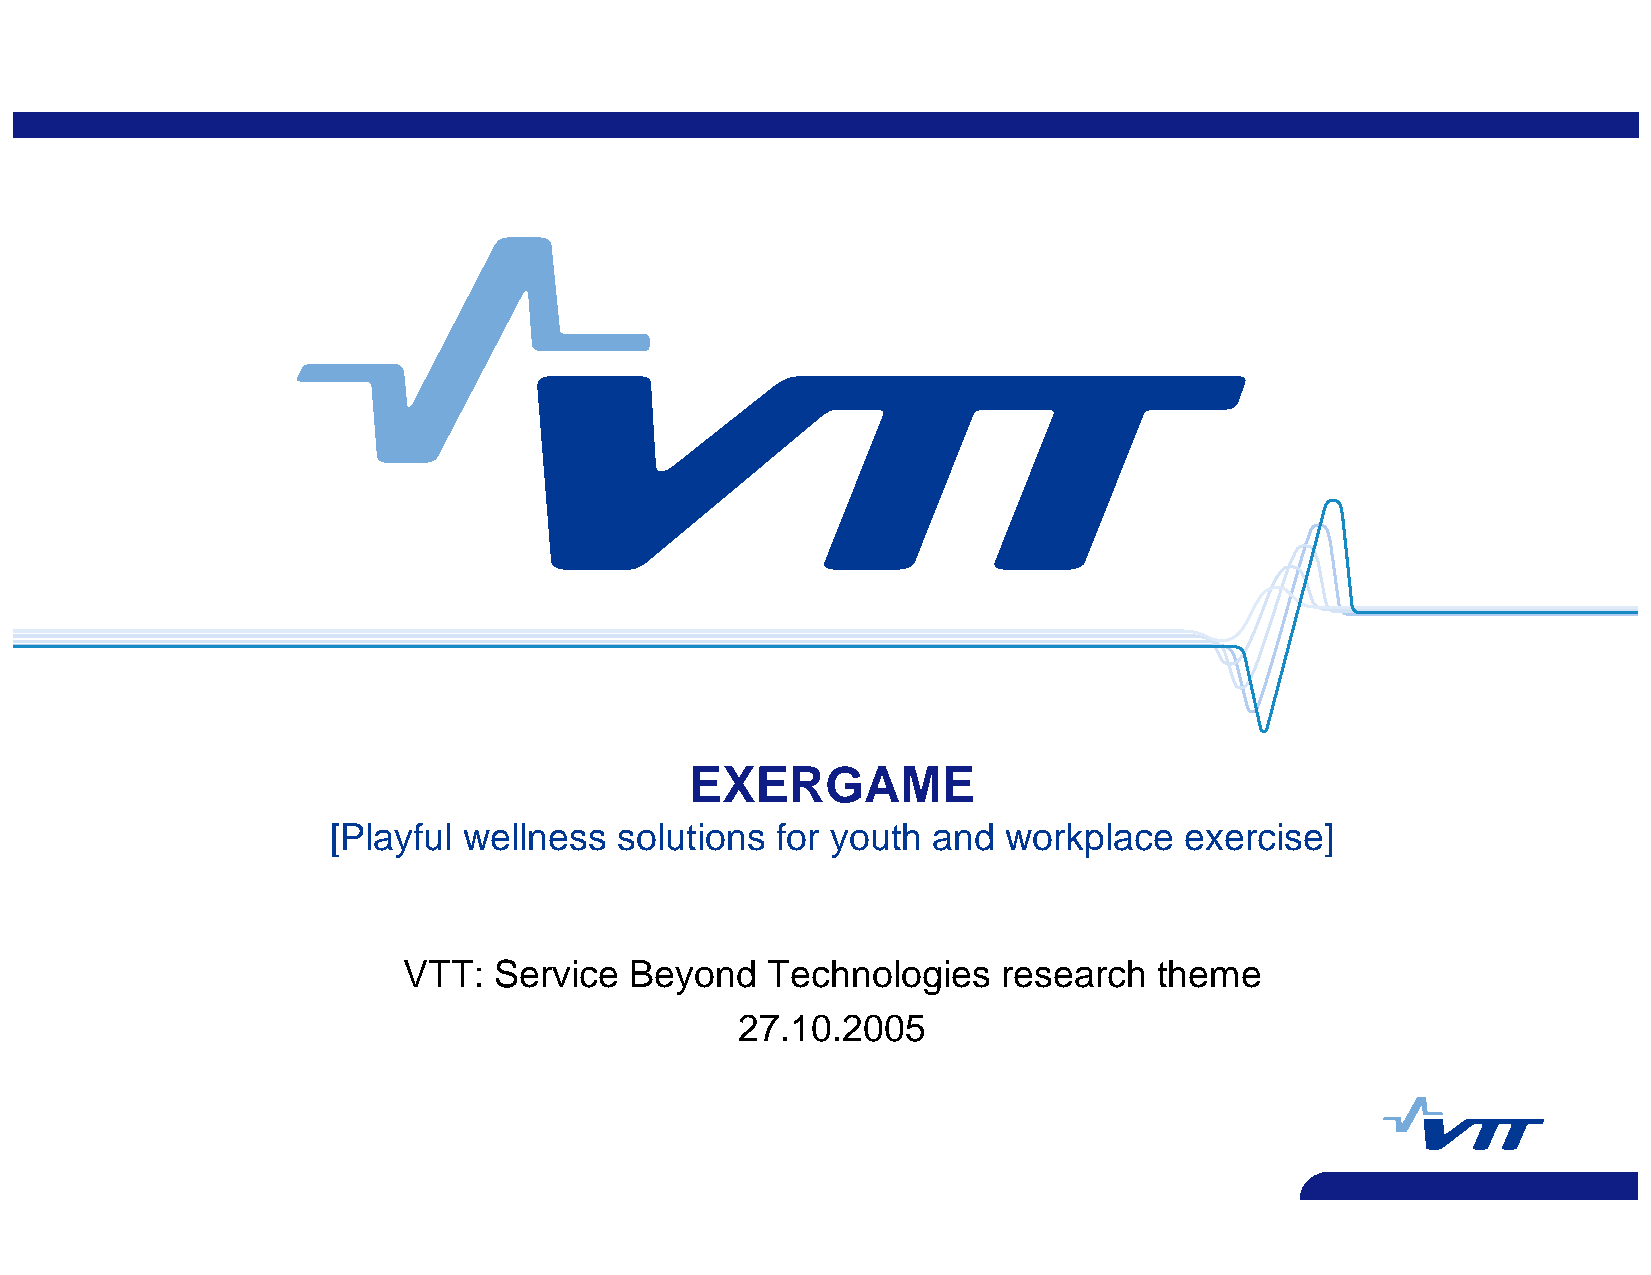
EXERGAME
 [Playful wellness  solutions for youth  and  workplace  exercise]
 VTT:  Service  Beyond   Technologies   research   theme
 27.10.2005